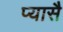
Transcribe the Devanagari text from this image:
प्यासै